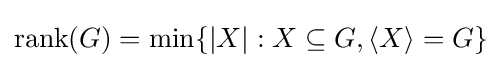
\operatorname {rank} (G)=\min\{|X|:X\subseteq G,\langle X\rangle =G\}